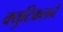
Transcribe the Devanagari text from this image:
क्युटिकलने